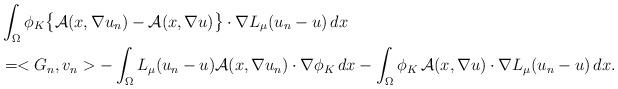
LaTeX: \begin{align*}&\int_{\Omega}\phi_{K}\big\{\mathcal{A}(x,\nabla u_n)-\mathcal{A}(x,\nabla u)\big\}\cdot\nabla L_{\mu}(u_n-u)\,dx\\&=<G_n,v_n>-\int_{\Omega}L_{\mu}(u_n-u)\mathcal{A}(x,\nabla u_n)\cdot\nabla\phi_K\,dx-\int_{\Omega}\phi_K\,\mathcal{A}(x,\nabla u)\cdot\nabla L_{\mu}(u_n-u)\,dx.\end{align*}